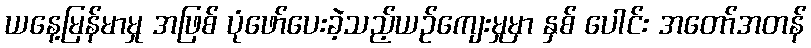
ယနေ့မြန်မာမှု အဖြစ် ပုံဖော်ပေးခဲ့သည့်ယဉ်ကျေးမှုမှာ နှစ် ပေါင်း အတော်အတန်